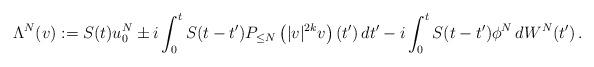
LaTeX: \begin{align*}\Lambda^N(v):=S(t)u_0^N\pm i\int_0^tS(t-t')P_{\le N}\left(|v|^{2k}v\right)(t')\,dt'-i\int_0^tS(t-t')\phi^N\,dW^N(t')\,.\end{align*}